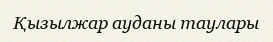
Қызылжар ауданы таулары